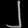
Digit: ၂